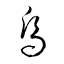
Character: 烏